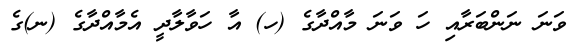
ވަނަ ނަންބަރާއި ހަ ވަނަ މާއްދާގެ (ހ) އާ ހަވާލާދީ އެމާއްދާގެ (ނ)ގެ